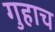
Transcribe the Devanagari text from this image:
गुहाच